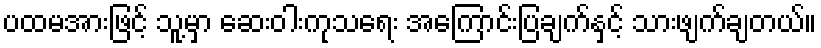
ပထမအားဖြင့် သူ့မှာ ဆေးဝါးကုသရေး အကြောင်းပြချက်နှင့် သားဖျက်ချတယ်။